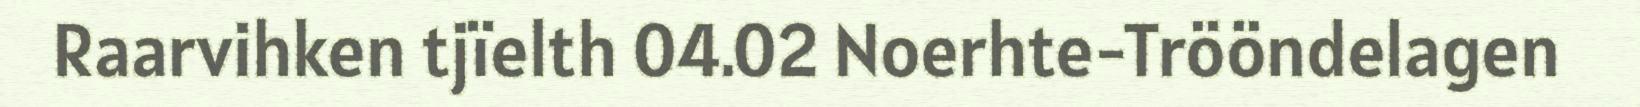
Raarvihken tjïelth 04.02 Noerhte-Trööndelagen